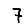
Digit: 7